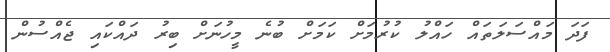
ފަދަ މައްސަލަތައް ހައްލު ކުރުމަށް ކަމަށް ބުނެ މީހުނަށް ބިރު ދައްކައި ޖެއްސުން